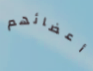
أعضائهم